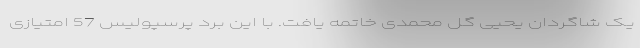
یک شاگردان یحیی گل محمدی خاتمه یافت. با این برد پرسپولیس 57 امتیازی